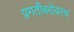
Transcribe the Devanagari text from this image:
प्रगतीबरोबरच